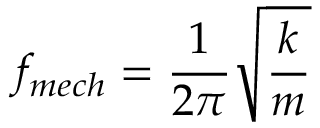
f _ { m e c h } = \frac { 1 } { 2 \pi } \sqrt { \frac { k } { m } }